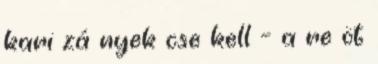
kari zá nyek cse kell – a re öt